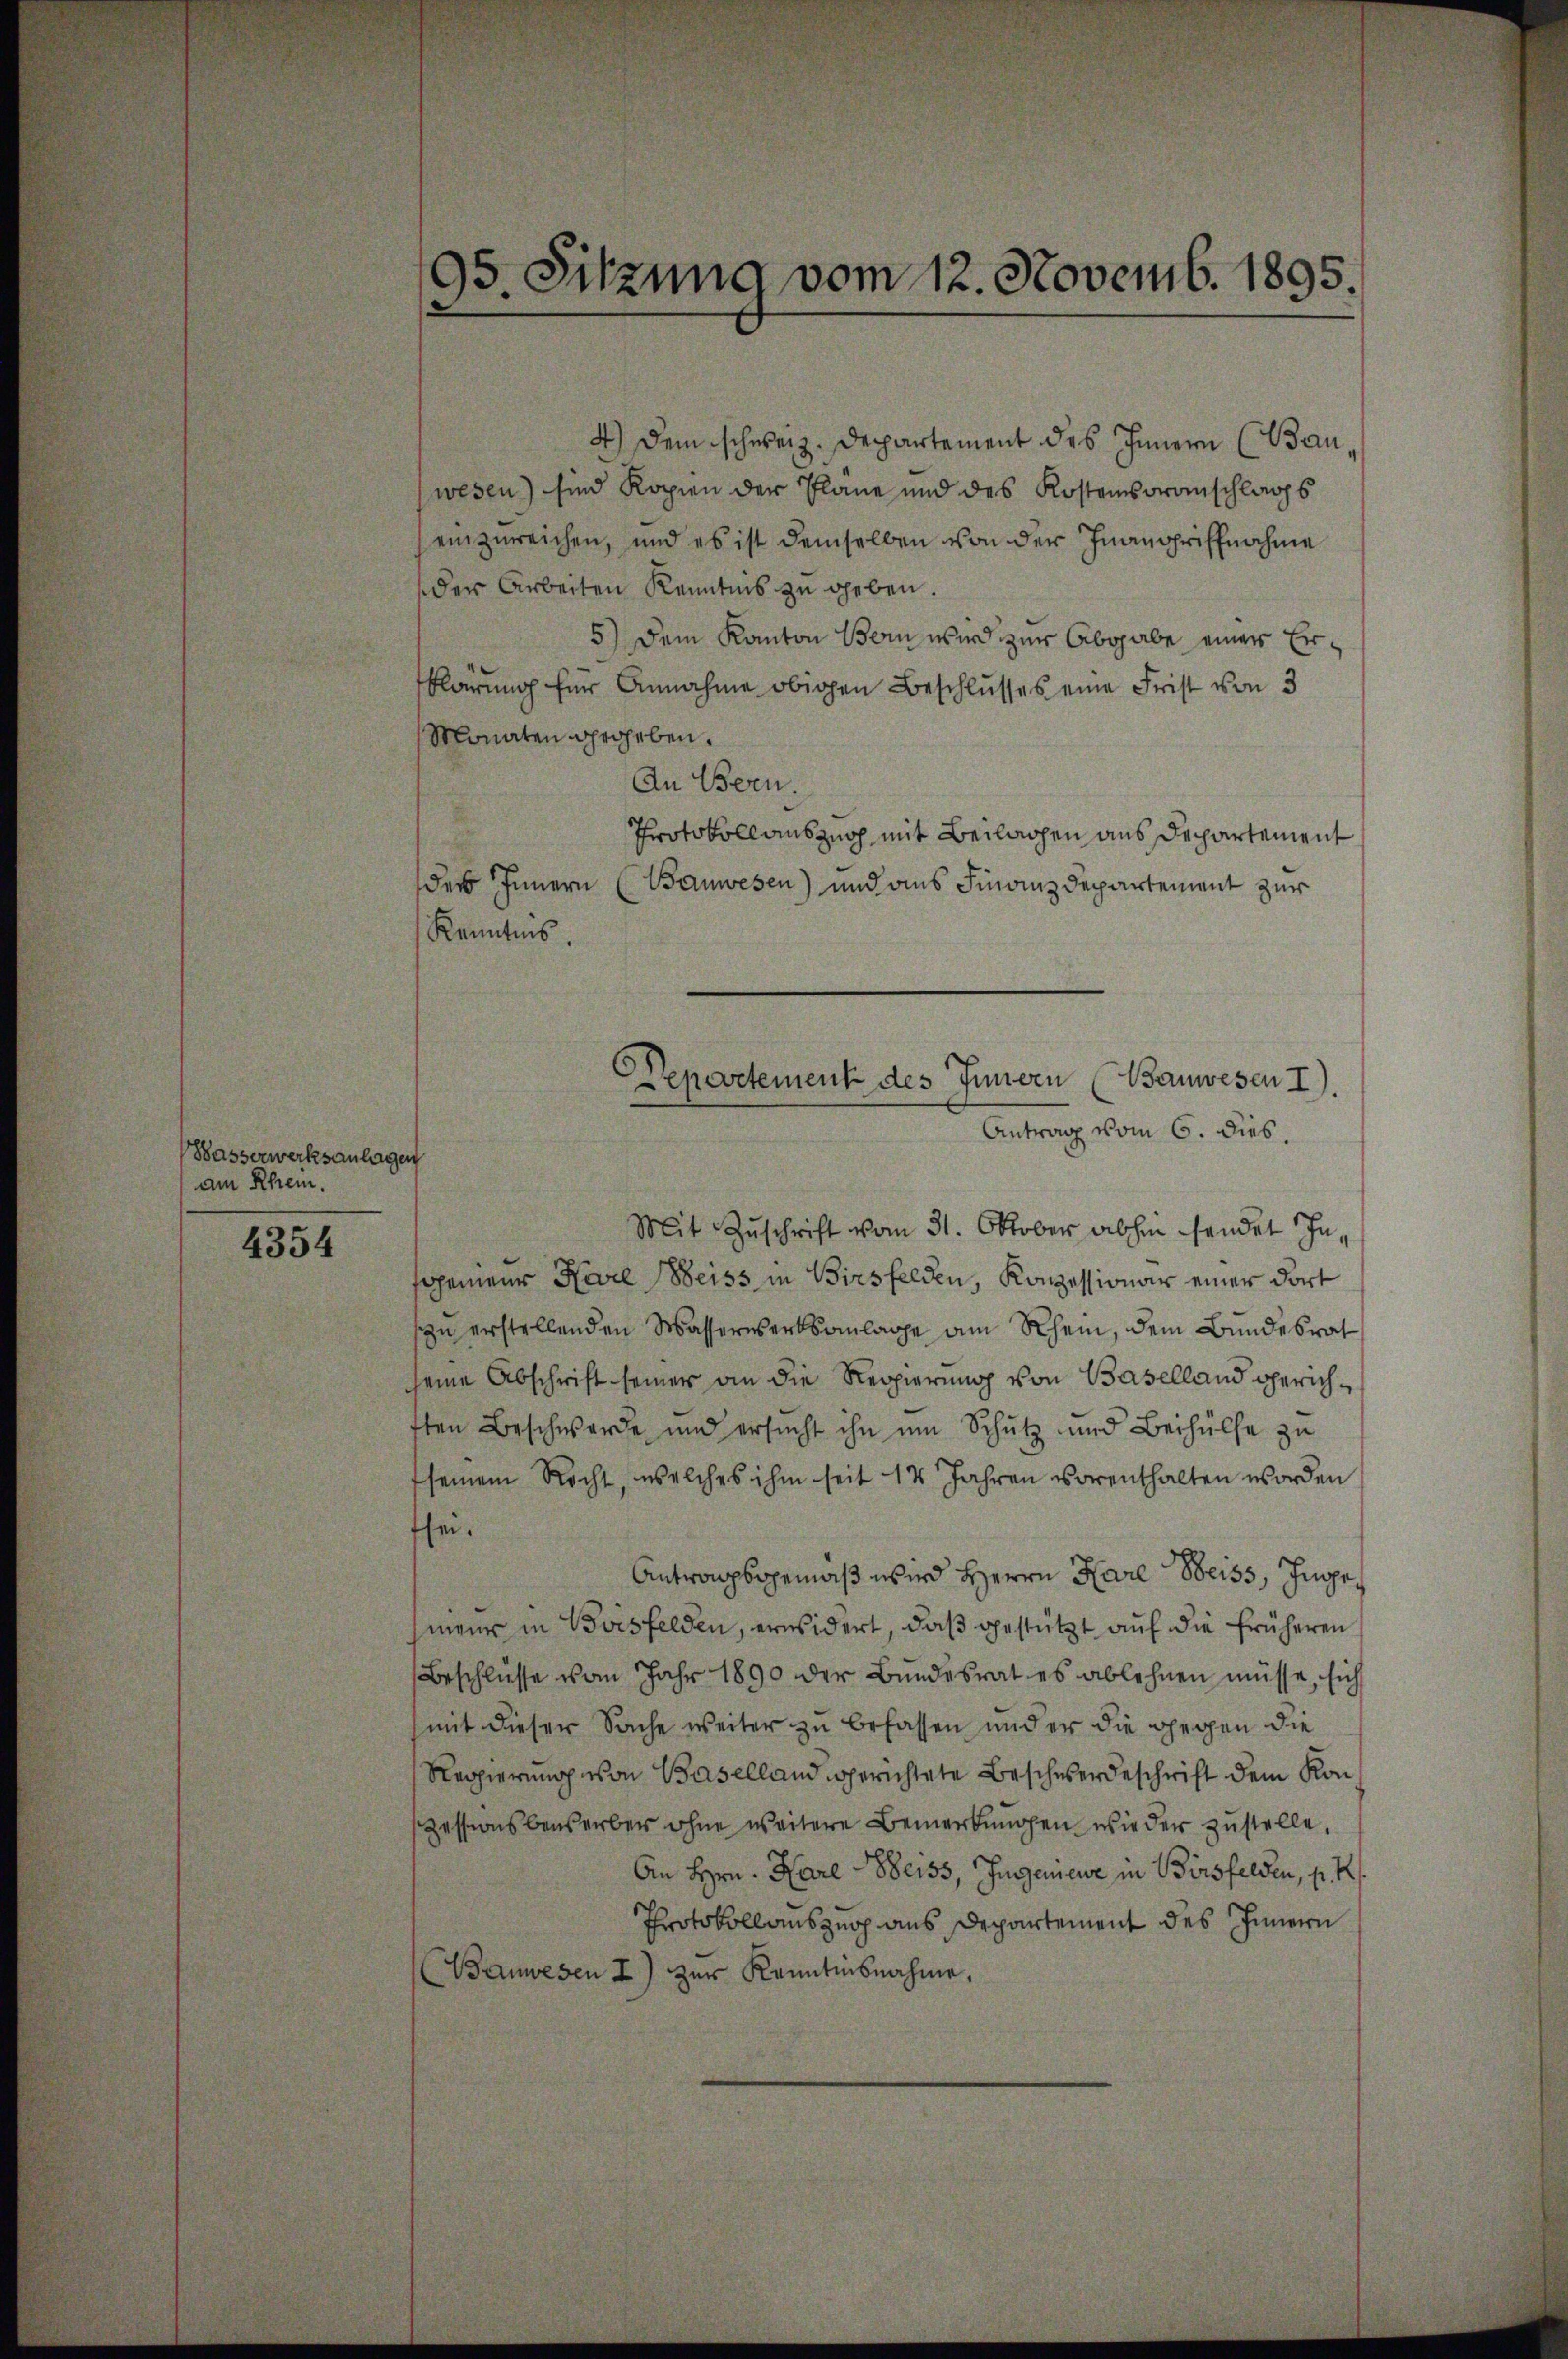
Wasserwerksanlagen
am Rhein.

4354

95. Sitzung vom 12. Novemb. 1895.

4.) Dem schweiz. Departement des Innern (Bauwesen) sind Kopien der Pläne und des Kostensoranschlags
einzureichen, und es ist demselben von der Inangriffnahme
der Arbeiten Kenntnis zu geben.
5) Dem Kanton Bern wird zur Abgabe einer Erklärung für Annahme obigen Beschlusses eine Frist von 3
Monaten gegeben.
An Bern.
Protokoll auszug mit Beilagen aus Departement
der Innern (Bauwesen) und aus Finanzdepartement zur
Kenntnis.
Mit Zuschrift vom 31. Oktober abhin sendet In¬
Gemein Karl Weiss in Birsfelden, Konzessionar einer dort
zu erstellenden Wasserwerksanlage am Rhein, dem Bundesrat
seine Abschrift seiner an die Regierung von Baselland gerichften Beschwerde und ersucht ihn um Schutz und Beihülfe zu
seinem Recht, welches ihm seit 14 Jahren vorenthalten worden
sei.
Antragsgemäß wird Herrn Karl Weiss, Ingemeier in Borsfelden, erwidert, daß gestützt auf die früheren
Beschlüsse vom Jahr 1890 der Bundesrat es ablehnen müsse, sich
mit dieser Sache weiter zu befassen und er die gegen die
Regierung von Baselland gerichtete Beschwerdeschrift dem Konzessionsbensarber ohne weitere Bemerkungen, wie der zustelle,
An Hrn. Karl Weiss, Jugenieur in Birsfelden, p. K
Protokollauszug aus Departement des Innern
Bauwesen I) zŭr Kenntnisnahme,

Departement des Innern (Bauwesen I).
Antrag vom 6. dies.